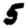
Digit: 5